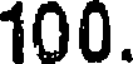
100.